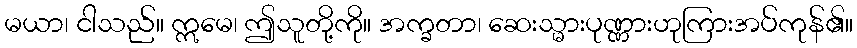
မယာ၊ ငါသည်။ ဣမေ၊ ဤသူတို့ကို။ အက္ခတာ၊ ဆေးသ္မားပုဏ္ဏားဟုကြားအပ်ကုန်၏။